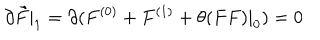
LaTeX: \partial \tilde { F } | _ { 1 } = \partial ( F ^ { ( 0 ) } + F ^ { ( 1 ) } + \theta ( F F ) | _ { 0 } ) = 0